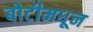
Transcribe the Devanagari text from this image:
बोटीमधून